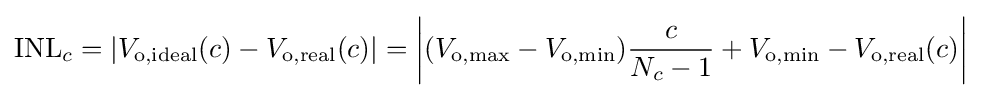
\mathrm {INL} _{c}=\left|V_{\mathrm {o,ideal} }(c)-V_{\mathrm {o,real} }(c)\right|=\left|(V_{\mathrm {o,max} }-V_{\mathrm {o,min} }){\frac {c}{N_{c}-1}}+V_{\mathrm {o,min} }-V_{\mathrm {o,real} }(c)\right|